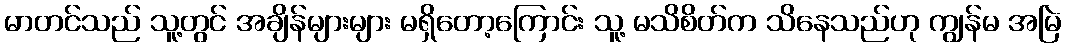
မာတင်သည် သူ့တွင် အချိန်များများ မရှိတော့ကြောင်း သူ့ မသိစိတ်က သိနေသည်ဟု ကျွန်မ အမြဲ